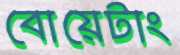
বোয়েটাং